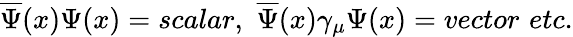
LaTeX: \overline{{{\Psi}}}(x)\Psi(x)=scalar,\, \, \overline{{{\Psi}}}(x)\gamma_{\mu}\Psi(x)=vector\, \, etc.